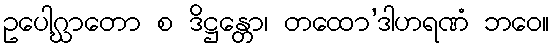
ဥပေါဂ္ဃာတော စ ဒိဋ္ဌန္တော၊ တထော’ဒါဟရဏံ ဘဝေ။